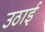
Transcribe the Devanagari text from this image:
उठाईं